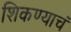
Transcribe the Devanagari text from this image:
शिकण्याचं